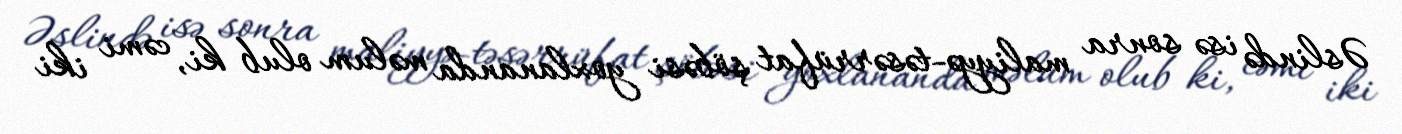
Əslində isə sonra maliyyə-təsərrüfat şöbəsi yoxlananda məlum olub ki, cəmi iki